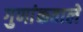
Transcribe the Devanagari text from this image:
गुणांकवाले